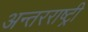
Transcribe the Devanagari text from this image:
अन्तरराष्ट्री